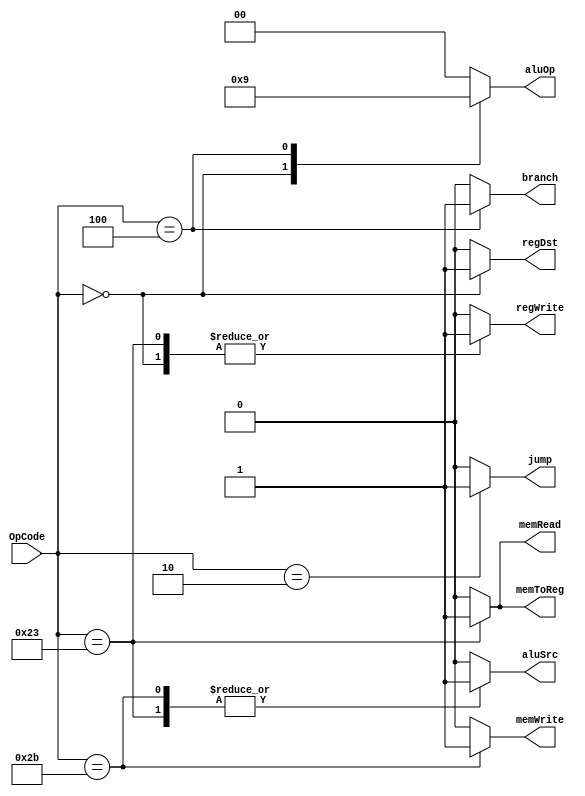
`timescale 1ns / 1ps
//////////////////////////////////////////////////////////////////////////////////
// Company: 
// Engineer: 
// 
// Design Name: 
// Module Name: Ctr
// Project Name: 
// Target Devices: 
// Tool Versions: 
// Description: 
// 
// Dependencies: 
// 
// Revision:
// Revision 0.01 - File Created
// Additional Comments:
// 
//////////////////////////////////////////////////////////////////////////////////


module Ctr(
    input [5:0] OpCode,
   // input reset,
    output reg regDst,
    output reg aluSrc,
    output reg memToReg,
    output reg regWrite,
    output reg memRead,
    output reg memWrite,
    output reg branch,
    output reg [1:0] aluOp,
    output reg jump
    );
  
    
    always @(OpCode)
    begin
       
        case(OpCode)
            6'b000000://R
            begin
                regDst=1;
                aluSrc=0;
                memToReg=0;
                regWrite=1;
                memRead=0;
                memWrite=0;
                branch=0;
                aluOp=2'b10;
                jump=0;
            end
            
            6'b100011://lw
            begin
                regDst=0;
                aluSrc=1;
                memToReg=1;
                regWrite=1;
                memRead=1;
                memWrite=0;
                branch=0;
                aluOp=2'b00;
                jump=0;
            end
            
            6'b101011://sw
            begin
               regDst=0;
                aluSrc=1;
                memToReg=0;
                regWrite=0;
                memRead=0;
                memWrite=1;
                branch=0;
                aluOp=2'b00;
                jump=0;
            end
            
            6'b000100://beq
            begin
               regDst=0;
                aluSrc=0;
                memToReg=0;
                regWrite=0;
                memRead=0;
                memWrite=0;
                branch=1;
                aluOp=2'b01;
                jump=0;
            end
            
            6'b000010://J
            begin
               regDst=0;
                 aluSrc=0;
                memToReg=0;
                regWrite=0;
                memRead=0;
                memWrite=0;
                branch=0;
                aluOp=2'b00;
                jump=1;
            end
            
            default:
             begin
                regDst=0;
                aluSrc=0;
                memToReg=0;
                regWrite=0;
                memRead=0;
                memWrite=0;
                branch=0;
                aluOp=2'b00;
                jump=0;
            end
        endcase
    end
endmodule